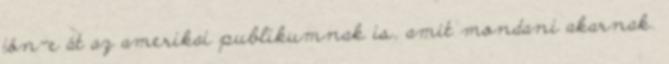
jön-e át az amerikai publikumnak is, amit mondani akarnak.